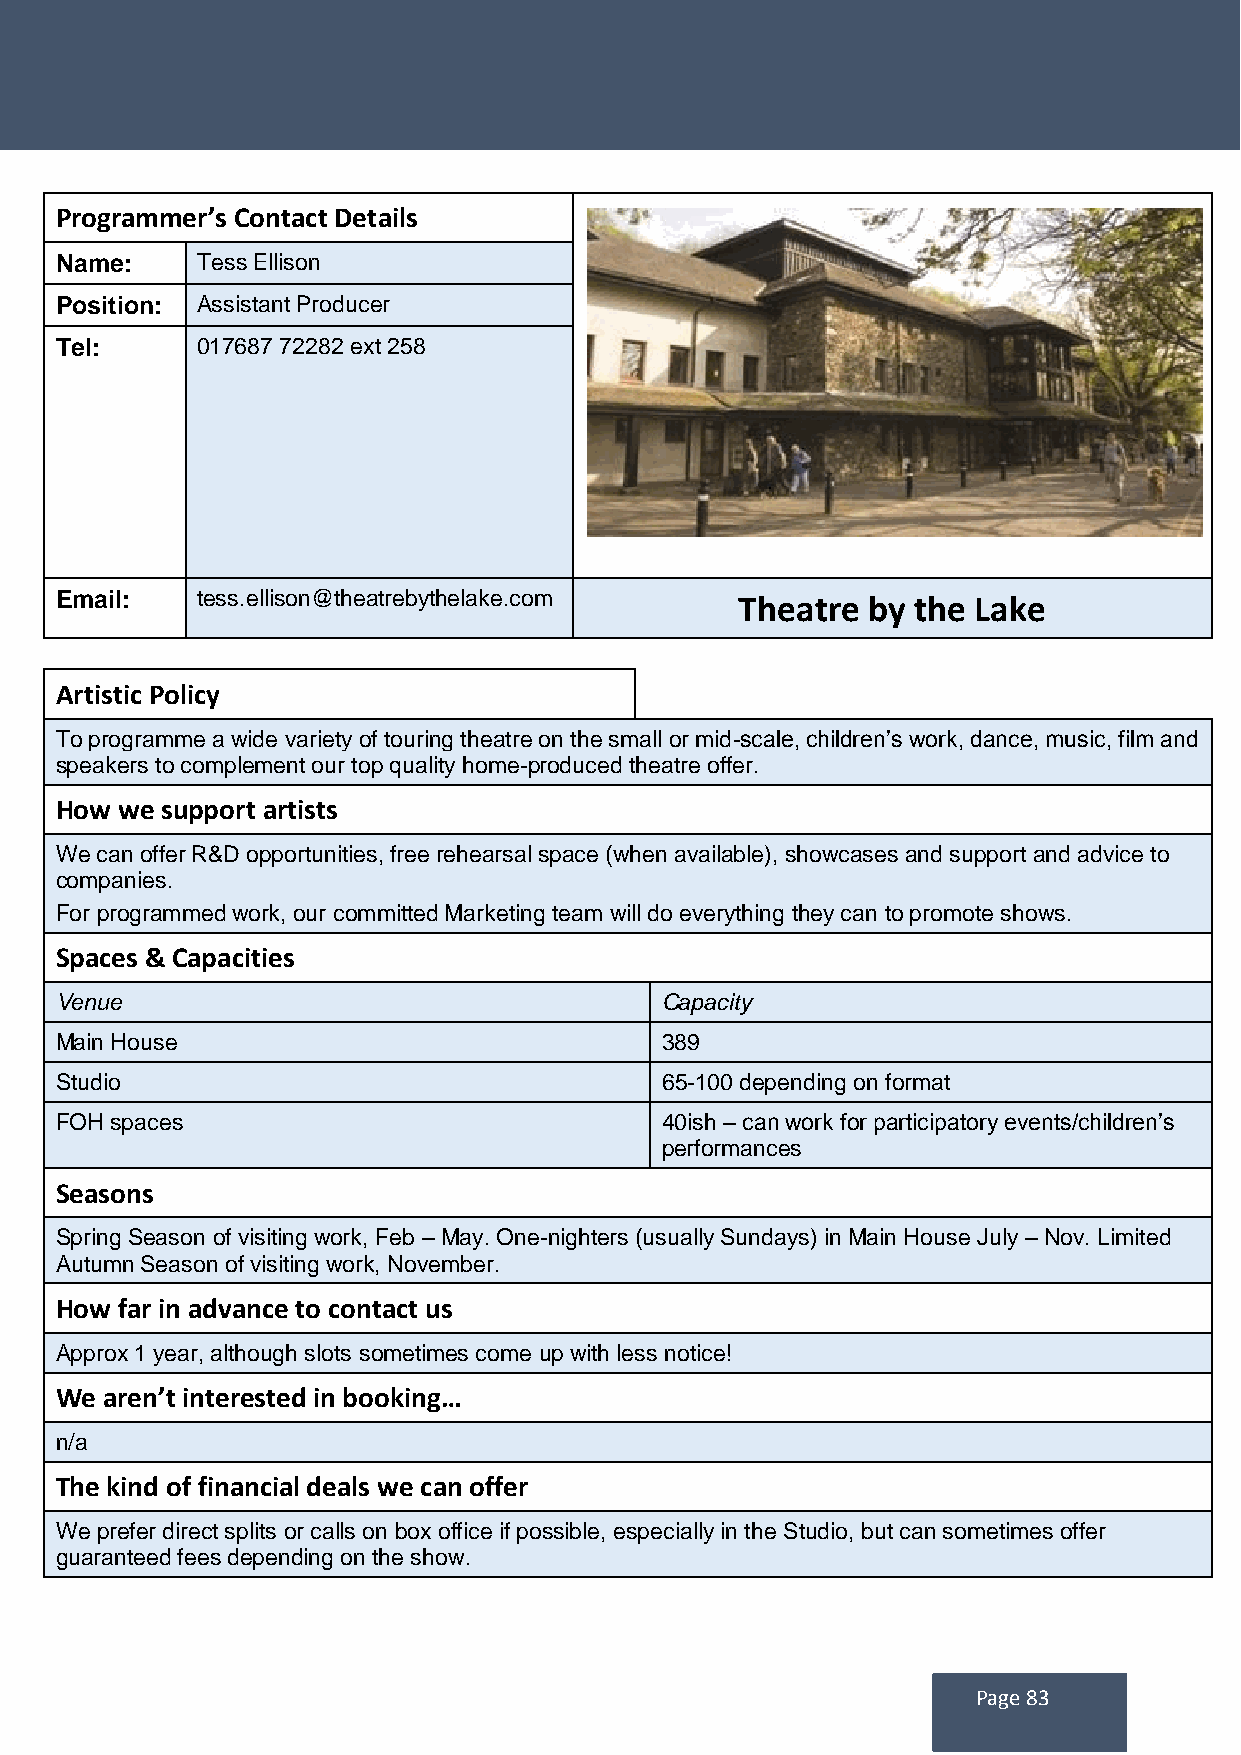
Programmer’s Contact Details
 Name:    Tess Ellison
 Position: Assistant Producer
 Tel:     017687 72282 ext 258
 Email:   tess.ellison@theatrebythelake.com   Theatre by  the Lake
 Artistic Policy
 To programme a wide variety of touring theatre on the small or mid-scale, children’s work, dance, music, film and
 speakers to complement our top quality home-produced theatre offer.
 How we support artists
 We can offer R&D opportunities, free rehearsal space (when available), showcases and support and advice to
 companies.
 For programmed work, our committed Marketing team will do everything they can to promote shows.
 Spaces & Capacities
 Venue                                   Capacity
 Main House                              389
 Studio                                  65-100 depending on format
 FOH spaces                              40ish – can work for participatory events/children’s
 performances
 Seasons
 Spring Season of visiting work, Feb – May. One-nighters (usually Sundays) in Main House July – Nov. Limited
 Autumn Season of visiting work, November.
 How far in advance to contact us
 Approx 1 year, although slots sometimes come up with less notice!
 We aren’t interested in booking…
 n/a
 The kind of financial deals we can offer
 We prefer direct splits or calls on box office if possible, especially in the Studio, but can sometimes offer
 guaranteed fees depending on the show.
 Page 83